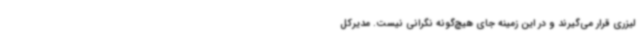
لیزری قرار می‌گیرند و در این زمینه جای هیچ‌گونه نگرانی نیست. مدیرکل